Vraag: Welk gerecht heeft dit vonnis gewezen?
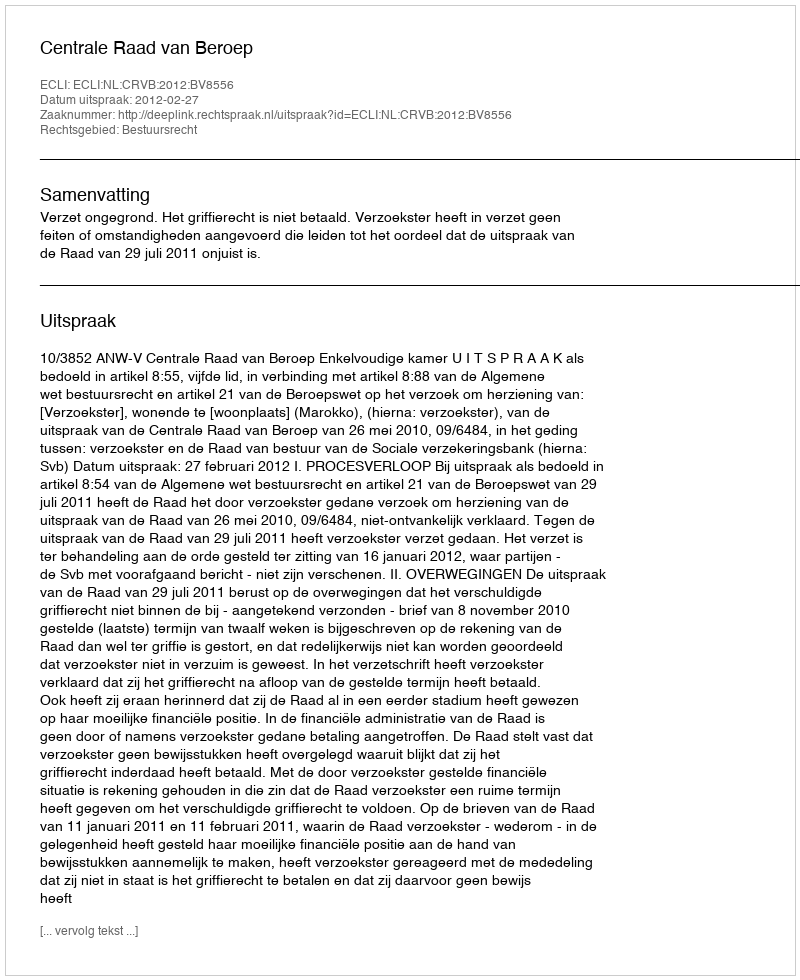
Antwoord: Centrale Raad van Beroep